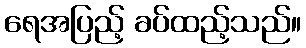
ရေအပြည့် ခပ်ထည့်သည်။